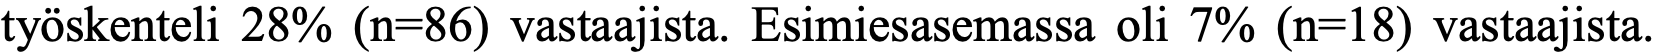
työskenteli 28% (n=86) vastaajista. Esimiesasemassa oli 7% (n=18) vastaajista.